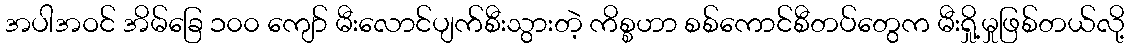
အပါအဝင် အိမ်ခြေ ၁၀၀ ကျော် မီးလောင်ပျက်စီးသွားတဲ့ ကိစ္စဟာ စစ်ကောင်စီတပ်တွေက မီးရှို့မှုဖြစ်တယ်လို့